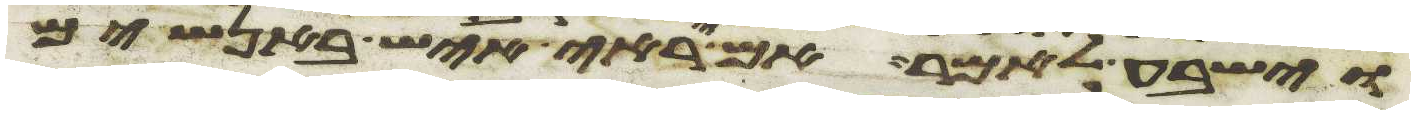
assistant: וישבע לאמר אם יראה איש באנשים